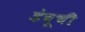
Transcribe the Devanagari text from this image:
डेबूची